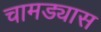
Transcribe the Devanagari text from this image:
चामड्यास